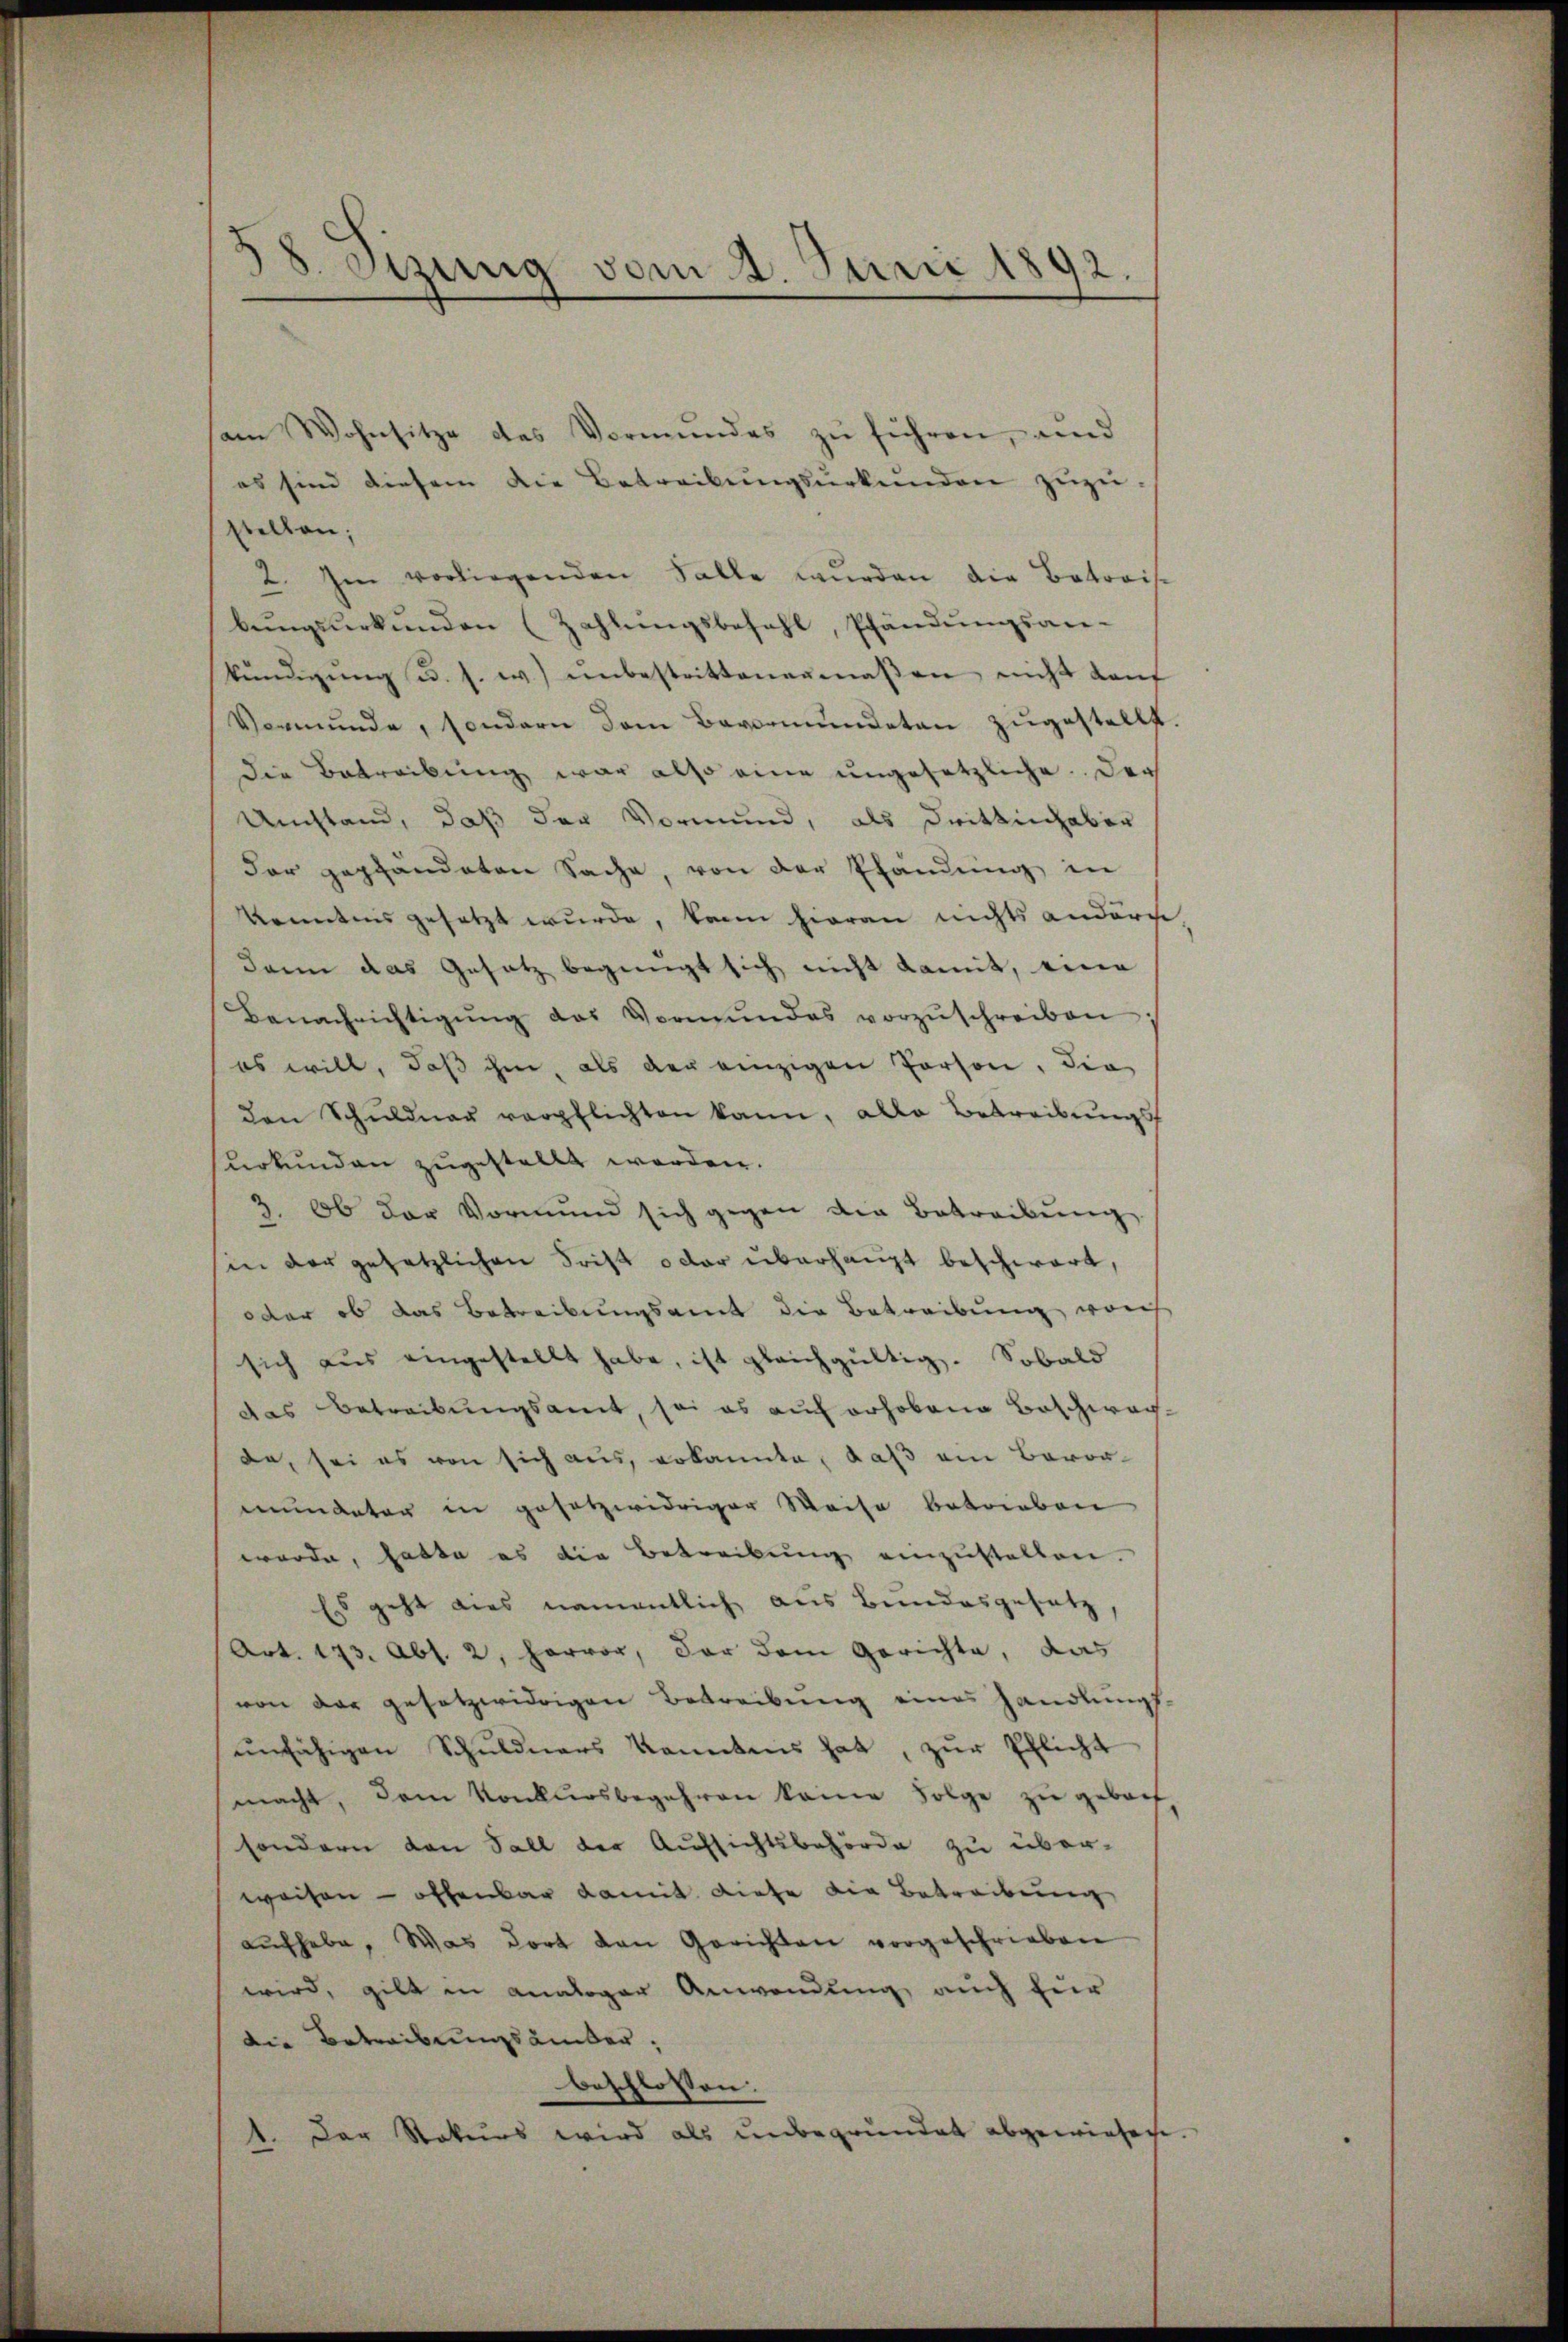
¬
18. Sizung vom 4. Juni 1892.

am Wohnsitze des Vormundes zu führen, und
es sind diesem die Betreibŭngsŭrkŭnden zŭzŭ-
stellen;
2. Im vorliegenden Falle wurden die Betraise
bŭngsŭrkŭnden (Zahlŭngsbefehl, Pfändŭngsan-
kŭndigŭng u. s. w.) ŭnbestrittenermaβen nicht dan
Vormunde, sondern dem Bevormundeten zŭgestellt.
die Betreibung war also eine ungesetzliche. Der
Umstand, daß der Vormund, als Drittinhaber
dar gepfändeten Sache, von der Pfändung in
kenntnis gesetzt wurde, kann hieran nichts andern
dann das Gesatz begnügt sich nicht damit, ein
Benachrichtigŭng das Vormŭndes vorzŭschreiben
es will, daß ihm, als der einzigen Person, die
den Schuldner verpflichten kann, alle Betreibŭngsf
surkunden zugestellt werden.
3. Ob der Vormund sich gegen die Betreibŭng
in der gesetzlichen Frist oder überhaupt beschwart,
oder ob das Betreibungsamt die Betreibung woh
sich aus eingestellt habe, ist gleichgültig. Sobald
das Betreibungsamt, soi es auch erhobene Beschwachda, sei es von sich aus, erkannte, daß ein Bevor-
mundeter in gesetzwidriger Weise betrieben
wurde, hatte es die Betreibung einzustellen.
Es geht dies namentlich aus Bundesgesetz
Art. 173. Abs. 2, hervor, der dem Gerichte, das
von der gesetzwidrigen Betreibung eines handlungs
unfähigen Schuldners konntens hat, zur Pflicht
macht, dem Konkursbegehren keine Folge zu gebach
sondern von Fall der Aufsichtsbehörde zu überweisen – offenbar damit diese die Betreibung
aŭfhabe. Was dort den Gerichten vorgeschrieben
wird, gilt in analoger Anwendung auch für
die Betreibungsämter,
beschlossen:
1. Der Rekurs wird als unbegründet abgewiesen